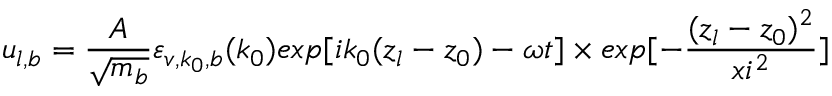
u _ { l , b } = \frac { A } { \sqrt { m _ { b } } } \varepsilon _ { v , k _ { 0 } , b } ( k _ { 0 } ) e x p [ i k _ { 0 } ( z _ { l } - z _ { 0 } ) - \omega t ] \times e x p [ - \frac { ( z _ { l } - z _ { 0 } ) ^ { 2 } } { x i ^ { 2 } } ]